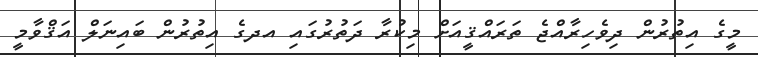
މީގެ އިތުރުން ދިވެހިރާއްޖެ ތަރައްޤީއަށް މިކުރާ ދަތުރުގައި އދގެ އިތުރުން ބައިނަލް އަޤްވާމީ